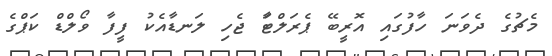
މެޗުގެ ދެވަނަ ހާފުގައި އޮރީބޭ ޕެރަލްޓާަ ޖެހި ލަނޑާއެކު ފީފާ ވޯލްޑް ކަޕްގެ